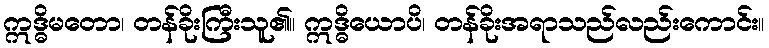
ဣဒ္ဓိမတော၊ တန်ခိုးကြီးသူ၏။ ဣဒ္ဓိယောပိ၊ တန်ခိုးအရာသည်လည်းကောင်း။